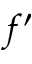
f ^ { \prime }